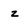
Character: z